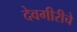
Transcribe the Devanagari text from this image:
देवगीरीचे